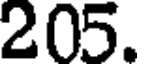
205.